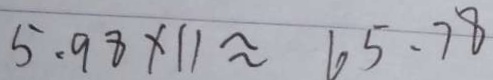
5 . 9 8 \times 1 1 \approx 6 5 . 7 8